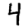
Digit: 4